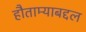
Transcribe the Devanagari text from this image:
हौताम्याबद्दल